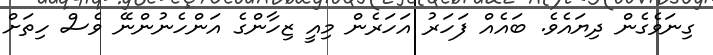
ގިނަވެގެން ދިޔައެވެ. ބައެއް ފަހަރު އަހަރެން މިއީ ޒިހާންގެ އަންހެނުންނޭ ވެސް ހިތަށް